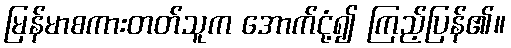
မြန်မာစကားတတ်သူက အောက်ငုံ့၍ ကြည့်ပြန်၏။